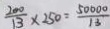
\frac { 2 0 0 } { 1 3 } \times 2 5 0 = \frac { 5 0 0 0 0 } { 1 3 }